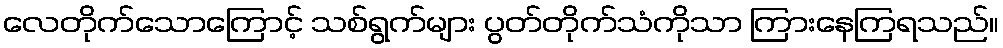
လေတိုက်သောကြောင့် သစ်ရွက်များ ပွတ်တိုက်သံကိုသာ ကြားနေကြရသည်။